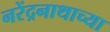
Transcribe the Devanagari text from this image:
नरेंद्रनाथाच्या